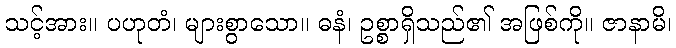
သင့်အား။ ပဟုတံ၊ များစွာသော။ ဓနံ၊ ဥစ္စာရှိသည်၏ အဖြစ်ကို။ ဇာနာမိ၊